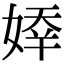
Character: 𡟡